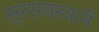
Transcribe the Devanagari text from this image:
सुरसवस्त्रानें